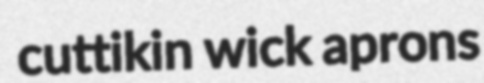
cuttikin wick aprons